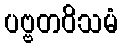
ပဗ္ဗတဝိသမံ